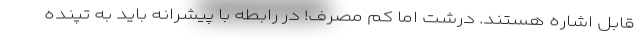
قابل اشاره هستند. درشت اما کم مصرف! در رابطه با پیشرانه باید به تپنده